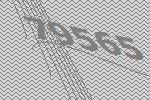
79565